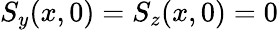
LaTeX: S_{y}(x,0)=S_{z}(x,0)=0